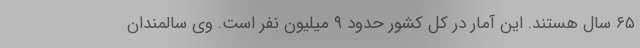
۶۵ سال هستند. این آمار در کل کشور حدود ۹ میلیون نفر است. وی سالمندان